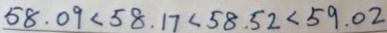
5 8 . 0 9 < 5 8 . 1 7 < 5 8 . 5 2 < 5 9 . 0 2